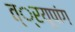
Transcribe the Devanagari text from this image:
त््रयूपांग